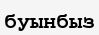
буынбыз